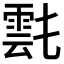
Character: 𩃌